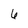
Character: 6